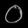
Digit: ၀